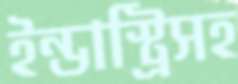
ইন্ডাস্ট্রিসহ